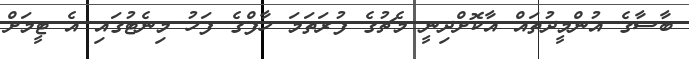
ބާސާގެ އުންމީދުތައް އާކޮށްދިނީ މެޗުގެ ފުރަތަމަ ހާފްގެ ފަހު މިނެޓުގައި އެ ޓީމަށް